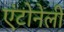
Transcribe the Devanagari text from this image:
एंटोनेली